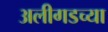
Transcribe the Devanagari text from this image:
अलीगडच्या